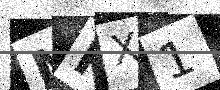
Text: NKX1